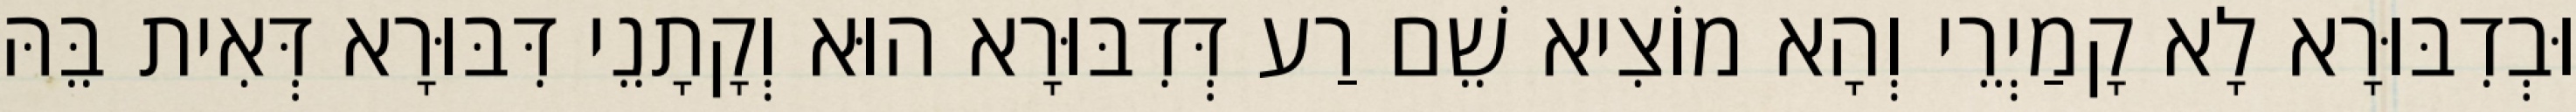
וּבְדִבּוּרָא לָא קָמַיְרֵי וְהָא מוֹצִיא שֵׁם רַע דְּדִבּוּרָא הוּא וְקָתָנֵי דִּבּוּרָא דְּאִית בֵּהּ